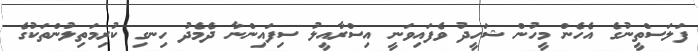
ފަލަސްތީނުގެ އެހެން މީހުން ޝަހީދު ވެފައިވަނީ އިސްރާއީލު ސިފައިންނާ ދެމެދު ހިނގި ކުރިމަތިލުންތަކުގެ